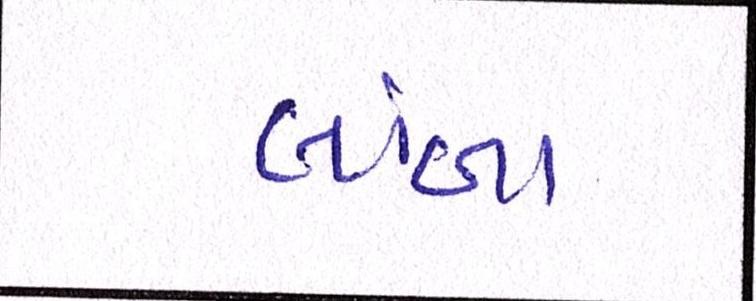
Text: લાંબા